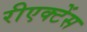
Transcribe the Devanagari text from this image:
रीएक्टेंस